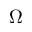
\Omega